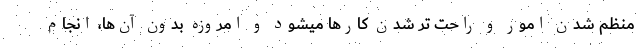
منظم شدن امور و راحت ‌تر شدن کارها میشود و امروزه بدون آن‌ها، انجام